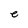
Character: e